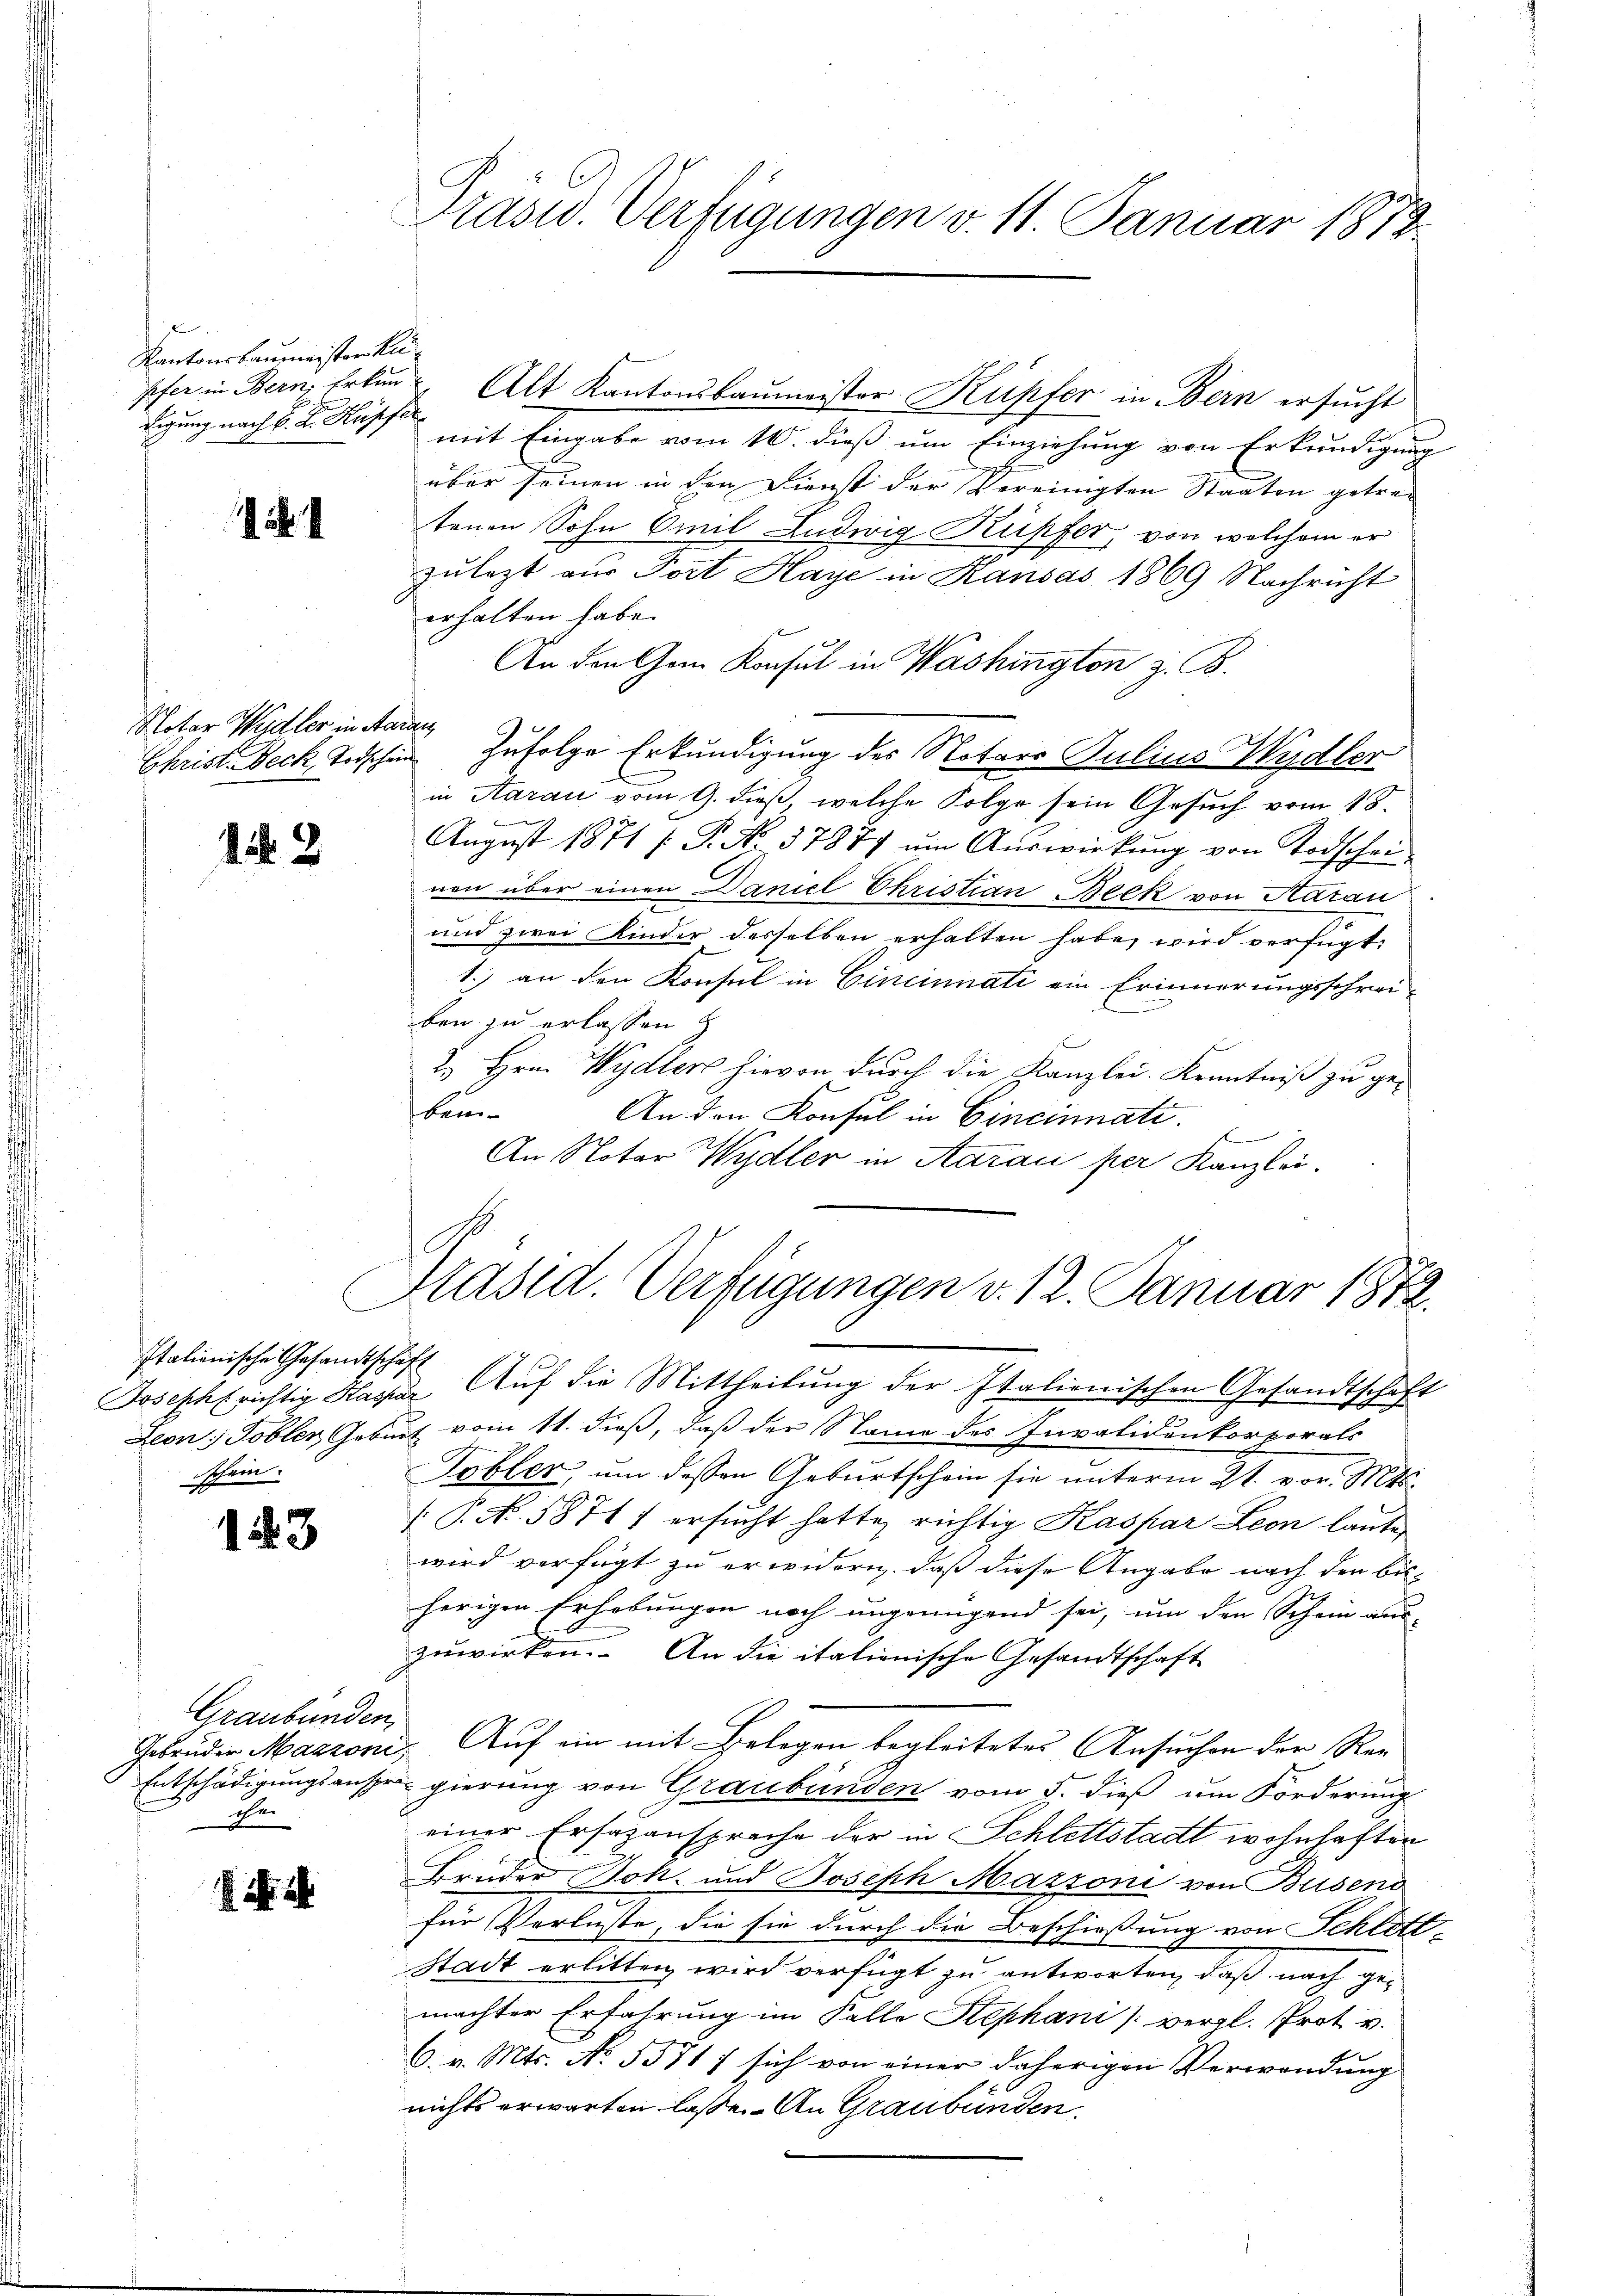
Der
Kantonsbaumeisterku
digung nach K. K. Kupfer

Notar Weidler in Aarau,

1 2

Italienische Gesandtschaft
schein.

153

Graubünden,
Gebrüder Mazzoni
Entschädigungsanspr
Ehe

i. a.

pfer in Bern, Erken Alt Kantonsbaumeister Kupfer in Bern ersucht
mit Eingabe vom 10. dieß um Einziehung von Erkundigung
über seinen in den Dienst der Vereinigten Staaten getretenen Sohn Emil Ludwig Kupfer, von welchem er
zulezt aus Port Haye in Kandas 1869 Nachricht
erhalten habe.
An den Gem. Konsul in Washington z. B.
Christ. Beck, Todschein zufolge Erkundigung des Notars Julius Wydler
in Aarau vom 9. dieß, welche Folge sein Gesuch vom 18.
Aŭgŭst 1871 /: P. No. 37877 ŭm Aŭswirkŭng von Todschei
nen über einen Daniel Christian Beck von Aarau
und zwei Kinder desselben erhalten habe, wird verfügt:
1.) an den Konsul in Cincinnati ein Erinnerungsschrei-
ben zu erlassen
2. Hrn. Wydler hievon durch die Kanzlei. Kenntniß zu ge-
ben
An den Konsul in Cincinnati
An Notar Wydler in Aarau per Kanzlei.

Präsid. Verfügungen v. 11. Januar 1873.

Präsid. Verfügungen v. 12. Januar 1872.

Joseph richtig Kager Auf die Mittheilung der Italienischen Gesandtschaft
Leon, Tobler Geburt vom 11. dieß, daß der Name des Invalidenkorporals
Tobler, um dessen Geburtschein sie unterm 21. vor. Mts.
 P. No. 58711 ersucht hatte, richtig Kaspar Leon laute,
wird verfügt zu erwidern, daß diese Angabe nach den bisherigen Erhebungen noch ungenügend sei, um den Schein aus-
.
zuwirken. An die itationische Gesandtschaft
 Auf ein mit Belegen begleitetes Ansuchen der Reg
gierung von Graubünden vom 5. dieß um Forderung
einer Ersazansprache der in Schlettstadt wohnhaften
Bruder Joh. und Joseph Marzoni von Buseno
für Verluste, die sie durch die Beschießung von Schlitt-
Stadt erlitten wird verfügt zu antworten, daß nach gemachter Erfahrung im Falle Stephani (vergl. Prot. v.
6. v. Mts. No. 5571/ sich von einer daherigen Verwendung
nichts erwarten lasse. An Graubünden.